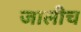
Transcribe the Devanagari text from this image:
जालीच